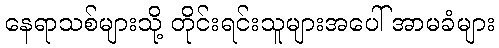
နေရာသစ်များသို့ တိုင်းရင်းသူများအပေါ် အာမခံများ